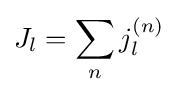
J_{l}=\sum _{n}j_{l}^{(n)}